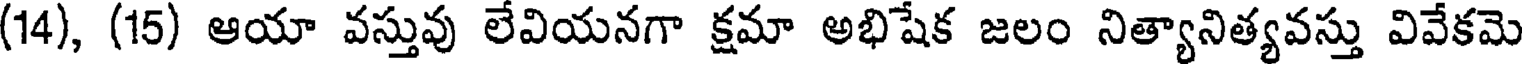
(14), (15) ఆయా వస్తువు లేవియనగా క్షమా అభిషేక జలం నిత్యానిత్యవస్తు వివేకమె